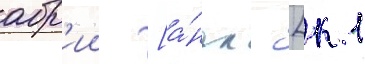
абр'ии [а́нгл. [к 1